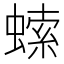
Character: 𧎳